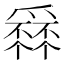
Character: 𤔹